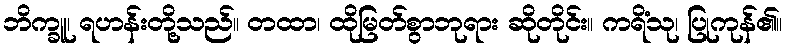
ဘိက္ခူ၊ ရဟန်းတို့သည်။ တထာ၊ ထိုမြတ်စွာဘုရား ဆိုတိုင်း။ ကရိံသု၊ ပြုကုန်၏။